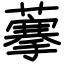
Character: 藆